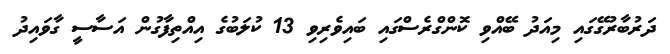
ދަރުބާރުގޭގައި މިއަދު ބޭއްވި ކޮންގްރެސްގައި ބައިވެރިވި 13 ކުލަބުގެ އިއްތިފާގުން އަސާސީ ގާވައިދު